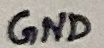
Text: GND